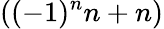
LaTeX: ((-1)^{n}n+n)